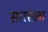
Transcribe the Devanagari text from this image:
सारसावा